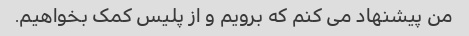
من پیشنهاد می کنم که برویم و از پلیس کمک بخواهیم.